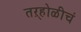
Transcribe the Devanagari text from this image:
तऱ्होळीचं